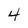
Character: 4